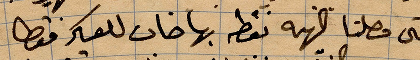
حتى وصلنا ... نقطة بها خان للعسكر فقط